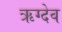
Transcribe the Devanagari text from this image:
ऋग्देव